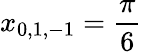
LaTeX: x_{0,1,-1}=\frac{\pi}{6}